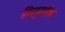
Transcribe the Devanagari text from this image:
विसुलोक